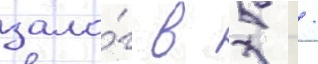
зало́г в 5 /